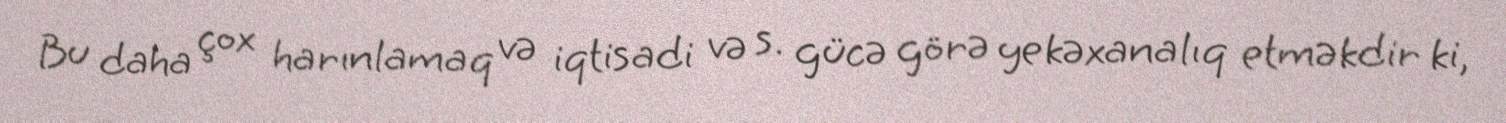
Bu daha çox harınlamaq və iqtisadi və s. gücə görə yekəxanalıq etməkdir ki,